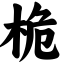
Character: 桅